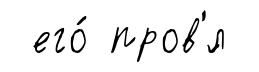
его́ пров'́л